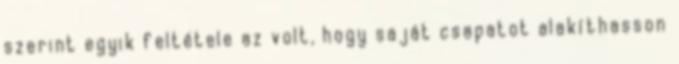
szerint egyik feltétele az volt, hogy saját csapatot alakíthasson